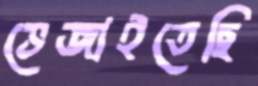
ভেজাইতেছি